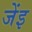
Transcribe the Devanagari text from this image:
जेंइ